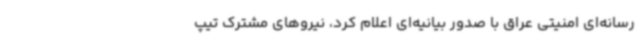
رسانه‌ای امنیتی عراق با صدور بیانیه‌ای اعلام کرد، نیروهای مشترک تیپ